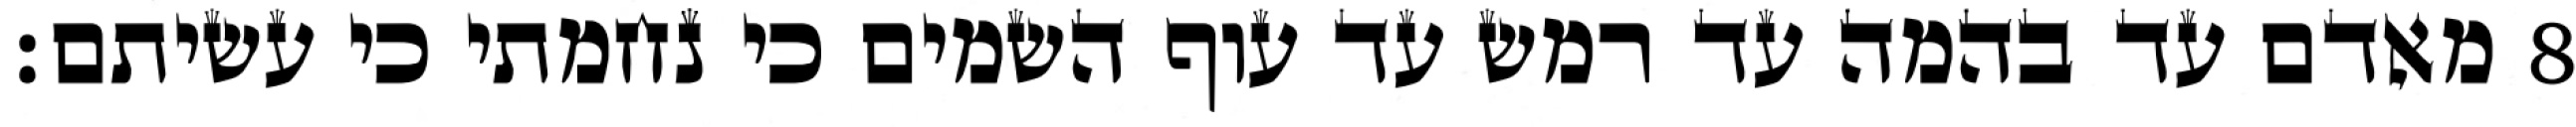
מאדם עד בהמה עד רמש עד עוף השמים כי נחמתי כי עשיתם׃ ‎8‏